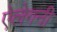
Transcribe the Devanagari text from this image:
ऐलेगनी